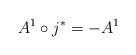
LaTeX: \begin{align*}A^1\circ j^*=-A^1\end{align*}